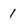
Character: 1